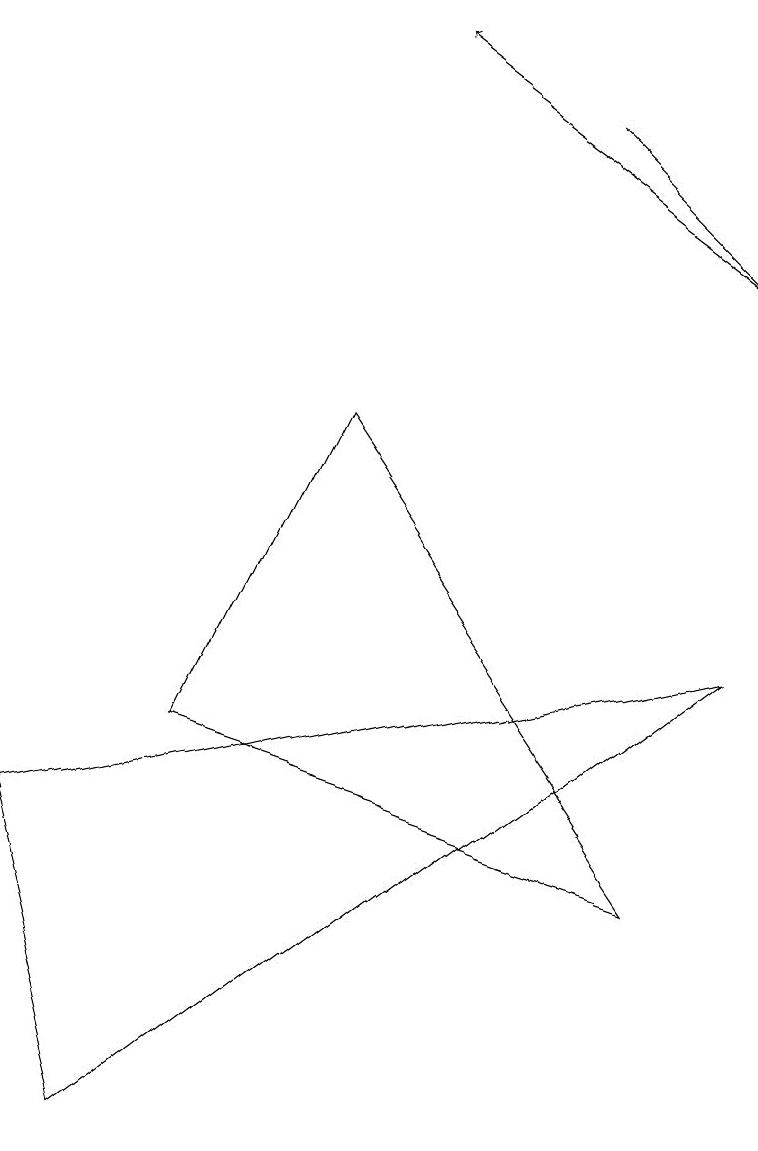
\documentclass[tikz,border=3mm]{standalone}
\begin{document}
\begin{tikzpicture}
\draw[->] (9,11) -- (5,14);
\draw[->] (7,13) -- (9,11);
\draw (0,4) -- (9,6) -- (1,0) -- cycle;
\draw (8,3) -- (4,9) -- (2,5) -- cycle;
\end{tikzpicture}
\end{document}